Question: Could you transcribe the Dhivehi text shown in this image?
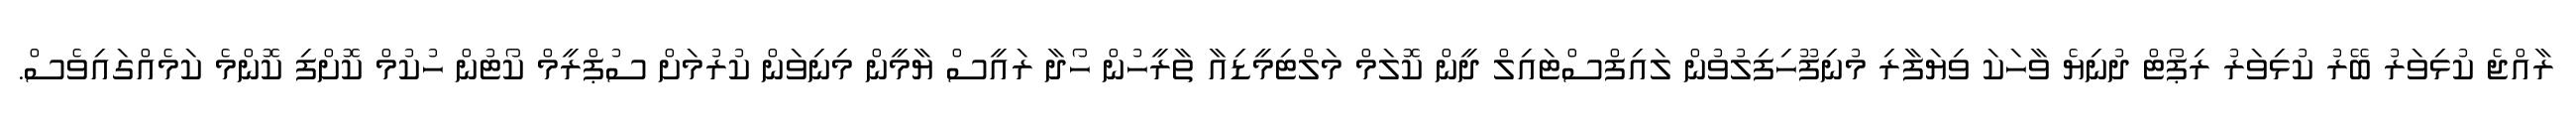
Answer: ރާއްޖެ ކުޅިވަރު ބޭރު ކުޅިވަރު ރިޕޯޓް ދުނިޔެ ވާހަކަ ވިޔަފާރި މުނިފޫހިފިލުވުން ލައިފްސްޓައިލް ދީން ކޮލަމް މަލްޓިމީޑިއާ ތާރީހުން ހޯދާ ރައީސް ޔާމީން މިނިވަން ކުރުމަށް ސުޕްރީމް ކޯޓުން ހުކުމް ކޮށްފި ކޮންމެ ކަމެއްގައިވެސް.